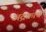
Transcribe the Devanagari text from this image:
अद्रकाचे